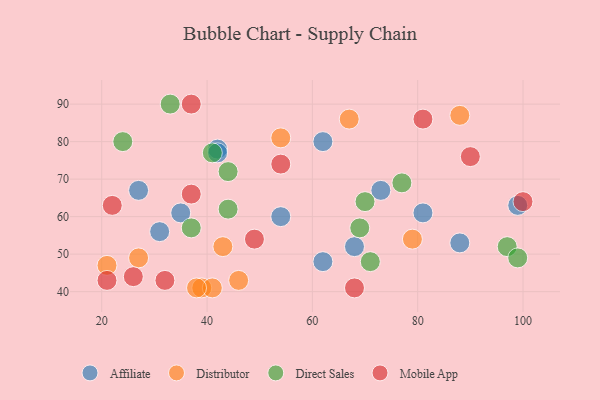
{"axis": {"x": "GDP", "y": "Life Expectancy"}, "legend": ["Affiliate", "Direct Sales", "Distributor", "Mobile App"], "data": [{"x": "68", "y": 52, "type": "Affiliate"}, {"x": "62", "y": 48, "type": "Affiliate"}, {"x": "73", "y": 67, "type": "Affiliate"}, {"x": "35", "y": 61, "type": "Affiliate"}, {"x": "42", "y": 78, "type": "Affiliate"}, {"x": "88", "y": 53, "type": "Affiliate"}, {"x": "42", "y": 77, "type": "Affiliate"}, {"x": "62", "y": 80, "type": "Affiliate"}, {"x": "27", "y": 67, "type": "Affiliate"}, {"x": "81", "y": 61, "type": "Affiliate"}, {"x": "99", "y": 63, "type": "Affiliate"}, {"x": "31", "y": 56, "type": "Affiliate"}, {"x": "54", "y": 60, "type": "Affiliate"}, {"x": "39", "y": 41, "type": "Distributor"}, {"x": "41", "y": 41, "type": "Distributor"}, {"x": "27", "y": 49, "type": "Distributor"}, {"x": "79", "y": 54, "type": "Distributor"}, {"x": "38", "y": 41, "type": "Distributor"}, {"x": "67", "y": 86, "type": "Distributor"}, {"x": "88", "y": 87, "type": "Distributor"}, {"x": "21", "y": 47, "type": "Distributor"}, {"x": "43", "y": 52, "type": "Distributor"}, {"x": "46", "y": 43, "type": "Distributor"}, {"x": "54", "y": 81, "type": "Distributor"}, {"x": "97", "y": 52, "type": "Direct Sales"}, {"x": "41", "y": 77, "type": "Direct Sales"}, {"x": "33", "y": 90, "type": "Direct Sales"}, {"x": "99", "y": 49, "type": "Direct Sales"}, {"x": "69", "y": 57, "type": "Direct Sales"}, {"x": "70", "y": 64, "type": "Direct Sales"}, {"x": "44", "y": 62, "type": "Direct Sales"}, {"x": "44", "y": 72, "type": "Direct Sales"}, {"x": "37", "y": 57, "type": "Direct Sales"}, {"x": "24", "y": 80, "type": "Direct Sales"}, {"x": "77", "y": 69, "type": "Direct Sales"}, {"x": "71", "y": 48, "type": "Direct Sales"}, {"x": "49", "y": 54, "type": "Mobile App"}, {"x": "37", "y": 90, "type": "Mobile App"}, {"x": "37", "y": 66, "type": "Mobile App"}, {"x": "81", "y": 86, "type": "Mobile App"}, {"x": "32", "y": 43, "type": "Mobile App"}, {"x": "22", "y": 63, "type": "Mobile App"}, {"x": "26", "y": 44, "type": "Mobile App"}, {"x": "54", "y": 74, "type": "Mobile App"}, {"x": "100", "y": 64, "type": "Mobile App"}, {"x": "21", "y": 43, "type": "Mobile App"}, {"x": "90", "y": 76, "type": "Mobile App"}, {"x": "68", "y": 41, "type": "Mobile App"}]}